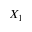
X _ { 1 }